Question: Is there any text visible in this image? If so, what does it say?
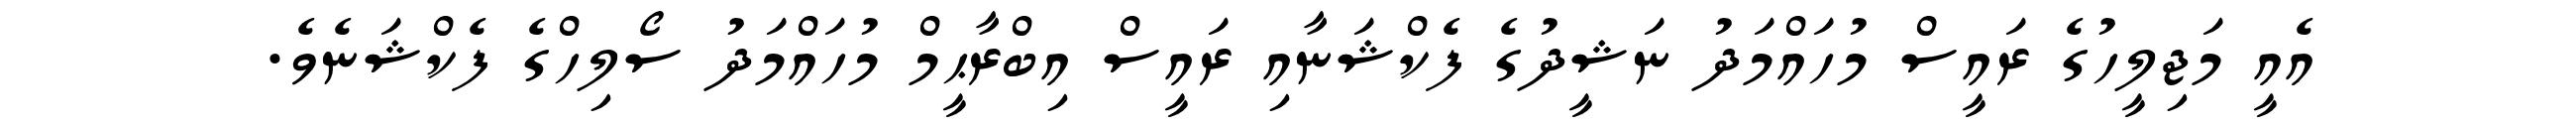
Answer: އެއީ މަޖިލީހުގެ ރައީސް މުހައްމަދު ނަޝީދުގެ ފެކްޝަނާއި ރައީސް އިބްރާޙީމް މުހައްމަދު ސޯލިހްގެ ފެކްޝަނެވެ.